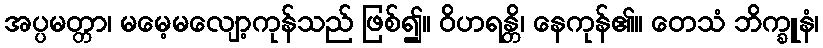
အပ္ပမတ္တာ၊ မမေ့မလျော့ကုန်သည် ဖြစ်၍။ ဝိဟရန္တိ၊ နေကုန်၏။ တေသံ ဘိက္ခူနံ၊